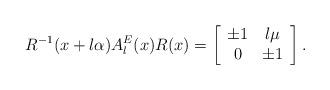
LaTeX: \begin{align*} R^{-1}(x+l\alpha)A_l^{E}(x)R(x)=\left[\begin{array}{cc}\pm1&l\mu\\0&\pm1\end{array}\right].\end{align*}